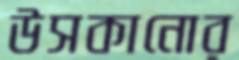
উসকানোর